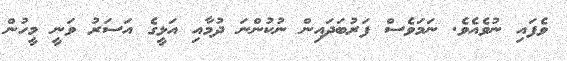
ވެފައި ނުވެއެވެ. ނަމަވެސް ފަރުބަދައިން ނުކުންނަ ދުމާއި އަޅީގެ އަސަރު ވަނީ މީހުން